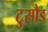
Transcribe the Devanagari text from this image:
टुसौड